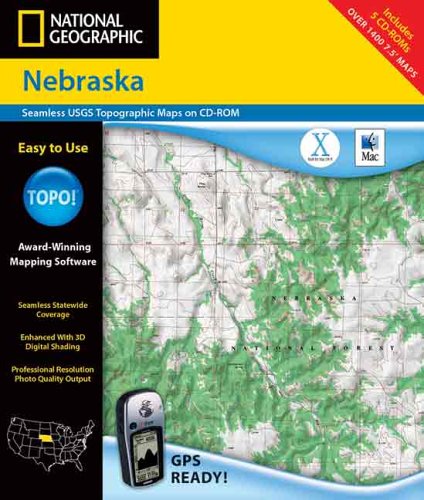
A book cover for National Geographic Topographical Nebraska; Travel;